Report on the working of the Ranchi Indian Mental Hospital, Kanke, in Bihar and Orissa - 1930-1940
Year: 1930
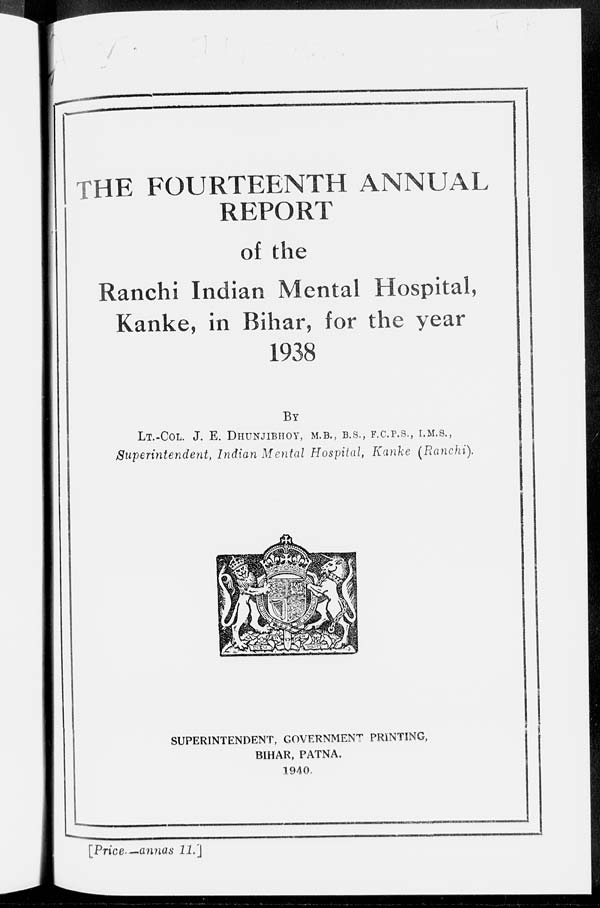
THE FOURTEENTH ANNUAL
REPORT
of the
Ranchi Indian Mental Hospital,
Kanke, in Bihar, for the year
1938
BY
LT.-COL. J. E. DHUNJIBHOY, M.B., B.S., F.C.P.S., I.M.S.,
Superintendent, Indian Mental Hospital, Kanke (Ranchi).
SUPERINTENDENT, GOVERNMENT PRINTING,
BIHAR, PATNA.
1940
[Price —annas 11.]